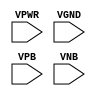
/**
 * Copyright 2020 The SkyWater PDK Authors
 *
 * Licensed under the Apache License, Version 2.0 (the "License");
 * you may not use this file except in compliance with the License.
 * You may obtain a copy of the License at
 *
 *     https://www.apache.org/licenses/LICENSE-2.0
 *
 * Unless required by applicable law or agreed to in writing, software
 * distributed under the License is distributed on an "AS IS" BASIS,
 * WITHOUT WARRANTIES OR CONDITIONS OF ANY KIND, either express or implied.
 * See the License for the specific language governing permissions and
 * limitations under the License.
 *
 * SPDX-License-Identifier: Apache-2.0
 */

`ifndef SKY130_FD_SC_MS__TAP_PP_BLACKBOX_V
`define SKY130_FD_SC_MS__TAP_PP_BLACKBOX_V

/**
 * tap: Tap cell with no tap connections (no contacts on metal1).
 *
 * Verilog stub definition (black box with power pins).
 *
 * WARNING: This file is autogenerated, do not modify directly!
 */

`timescale 1ns / 1ps
`default_nettype none

(* blackbox *)
module sky130_fd_sc_ms__tap (
    VPWR,
    VGND,
    VPB ,
    VNB
);

    input VPWR;
    input VGND;
    input VPB ;
    input VNB ;
endmodule

`default_nettype wire
`endif  // SKY130_FD_SC_MS__TAP_PP_BLACKBOX_V